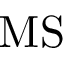
\mathrm { M S }